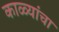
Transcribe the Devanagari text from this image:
काळ्यांचा